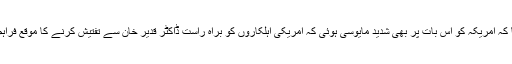
اُنہوں نے کہا کہ امریکہ کو اس بات پر بھی شدید مایوسی ہوئی کہ امریکی اہلکاروں کو براہ راست ڈاکٹر قدیر خان سے تفتیش کرنے کا موقع فراہم نہیں کیا گیا۔